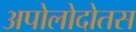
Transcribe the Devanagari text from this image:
अपोलोदोतस